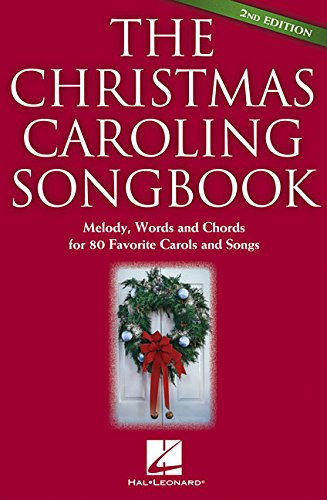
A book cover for The Christmas Caroling Songbook; Christian Books & Bibles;